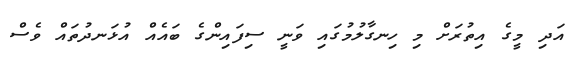
އަދި މީގެ އިތުރަށް މި ހިނގާލުމުގައި ވަނީ ސިފައިންގެ ބައެއް އުޅަނދުތައް ވެސް